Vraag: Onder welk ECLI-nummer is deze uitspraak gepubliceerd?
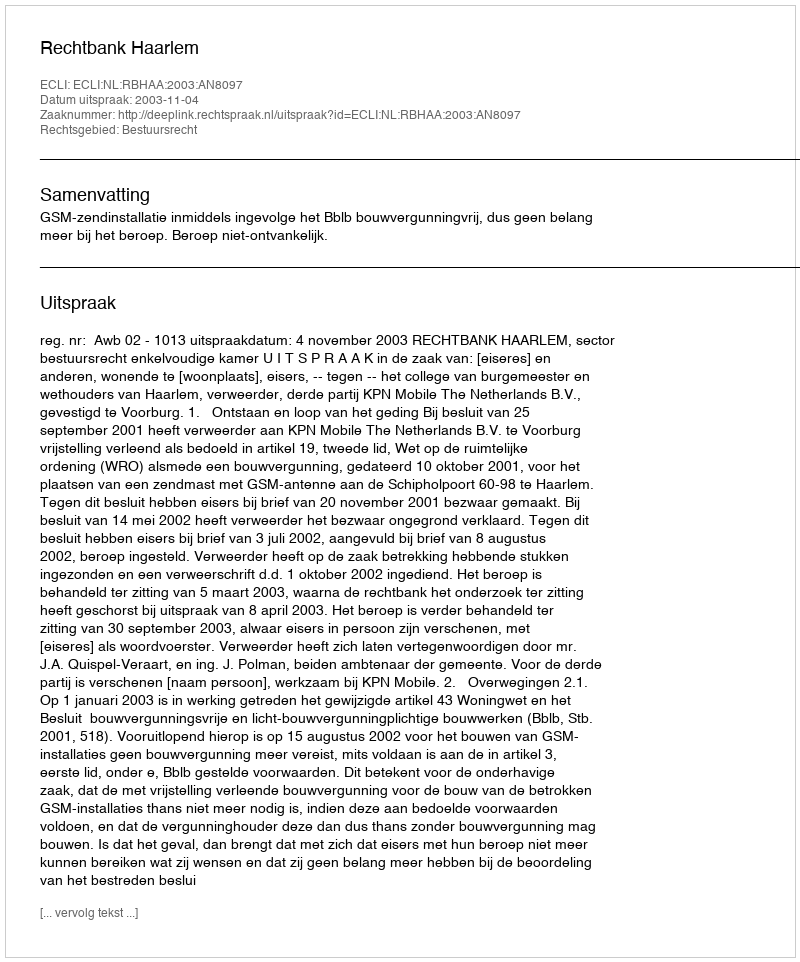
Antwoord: ECLI:NL:RBHAA:2003:AN8097